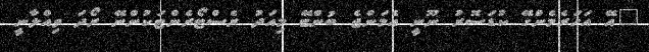
"އޭ އަހަރެމެންގޭ ކުޑަސޮރު ނޫނީ އެމަންޖެ ބުންޏޭ މިއަދު ރެސްޓޯރެންޓަކުންނޭ ރޯދަ ވިއްލާނީ